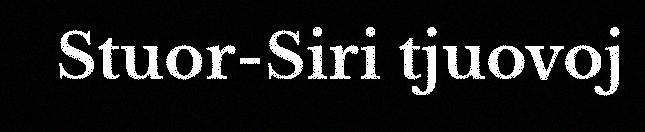
Stuor-Siri tjuovoj